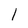
Character: 1